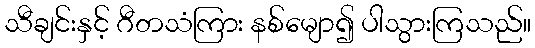
သီချင်းနှင့် ဂီတသံကြား နစ်မျော၍ ပါသွားကြသည်။